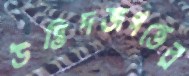
উদ্ভিদজগতের